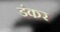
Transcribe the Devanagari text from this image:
डंकर